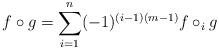
LaTeX: \begin{align*} f \circ g = \sum_{i=1}^n(-1)^{(i-1)(m-1)}f \circ_i g \end{align*}